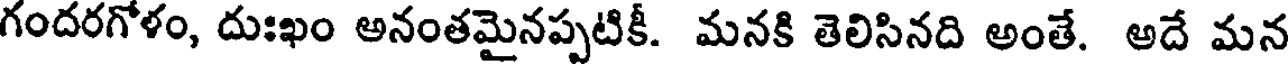
గందరగోళం, దుఃఖం అనంతమైనప్పటికీ. మనకి తెలిసినది అంతే. అదే మన